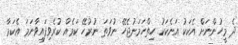
ދެ މީހުންނަށް އެކަކު އަނެކަކު ހިތްހަމަނުޖެހޭ ނުވަތަ ނުރުހޭ ކަމެއް ކުރެވިފައިވާނަމަ އެކަމާ